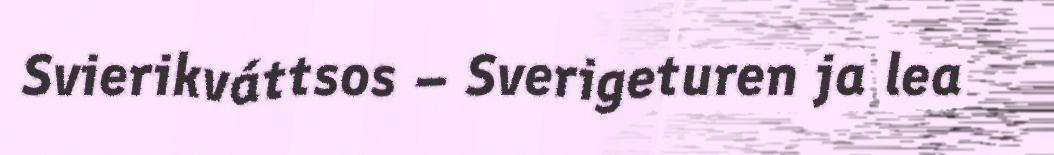
Svierikváttsos – Sverigeturen ja lea